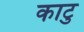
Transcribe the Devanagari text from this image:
काटु